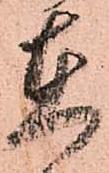
在